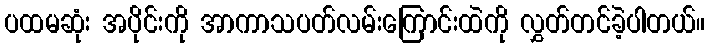
ပထမဆုံး အပိုင်းကို အာကာသပတ်လမ်းကြောင်းထဲကို လွှတ်တင်ခဲ့ပါတယ်။